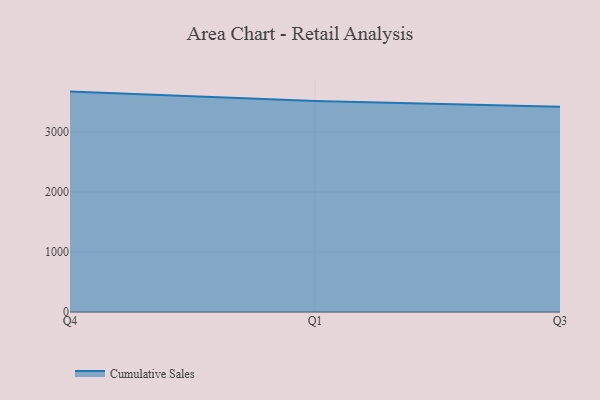
{"axis": {"x": "Quarter", "y": "Operating Costs (USD K)"}, "legend": ["Cumulative Sales"], "data": [{"x": "Q4", "y": 3672.3, "type": "Cumulative Sales"}, {"x": "Q1", "y": 3515.4, "type": "Cumulative Sales"}, {"x": "Q3", "y": 3420.6, "type": "Cumulative Sales"}]}